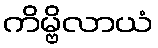
ကိမ္ဗိလာယံ